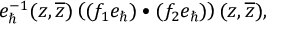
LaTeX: e _ { \hbar } ^ { - 1 } ( z , \overline { { { z } } } ) \left( ( f _ { 1 } e _ { \hbar } ) \bullet ( f _ { 2 } e _ { \hbar } ) \right) ( z , \overline { { { z } } } ) ,